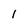
Character: l